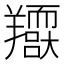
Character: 𦏥